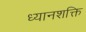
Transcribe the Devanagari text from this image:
ध्यानशक्ति